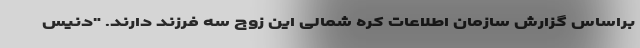
براساس گزارش سازمان اطلاعات کره شمالی این زوج سه فرزند دارند. "دنیس